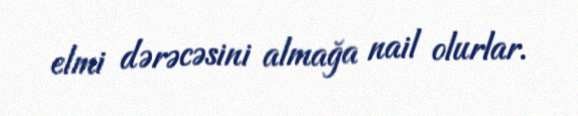
elmi dərəcəsini almağa nail olurlar.